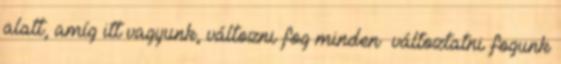
alatt, amíg itt vagyunk, változni fog minden változtatni fogunk